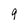
Character: 9